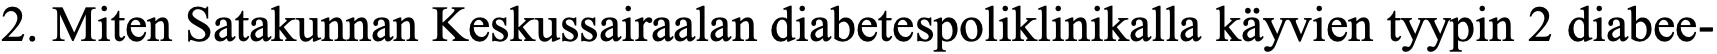
2. Miten Satakunnan Keskussairaalan diabetespoliklinikalla käyvien tyypin 2 diabee-